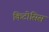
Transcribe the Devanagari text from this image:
किटोसिस